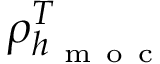
\rho _ { h _ { \mathrm { ~ m ~ o ~ c ~ } } } ^ { T }